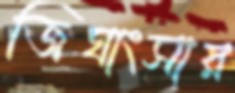
জিঘাংসার